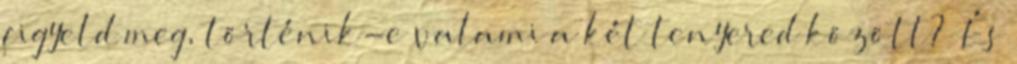
figyeld meg, történik-e valami a két tenyered között?” És